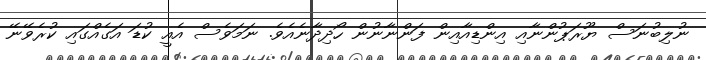
ނުލިބުނަސް ޔޫރަޕުންނާއި އިންޑިއާއިން ފަންނާނުން ހޯދިދާނެއެވެ. ނަމަވެސް އެއީ ކުޑަ އަގެއްގައި ކުރެވޭނޭ